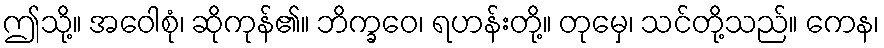
ဤသို့။ အဝေါစုံ၊ ဆိုကုန်၏။ ဘိက္ခဝေ၊ ရဟန်းတို့။ တုမှေ၊ သင်တို့သည်။ ကေန၊